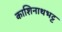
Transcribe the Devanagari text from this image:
काशिनाथभट्ट